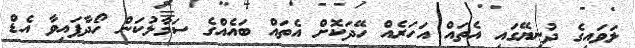
ލަވައިގެ ދުނިޔޭގައި އެތައް އަހަރެއް ހޭދަކޮށް އެތައް ބައެއްގެ ސަމާލުކަން ހޯދާފައިވާ އެޑް